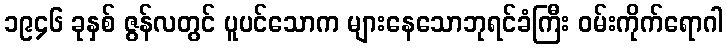
၁၉၄၆ ခုနှစ် ဇွန်လတွင် ပူပင်သောက များနေသောဘုရင်ခံကြီး ဝမ်းကိုက်ရောဂါ